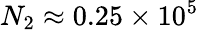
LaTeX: N_{2}\approx 0.25\times 10^{5}